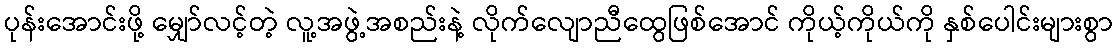
ပုန်းအောင်းဖို့ မျှော်လင့်တဲ့ လူ့အဖွဲ့အစည်းနဲ့ လိုက်လျောညီထွေဖြစ်အောင် ကိုယ့်ကိုယ်ကို နှစ်ပေါင်းများစွာ